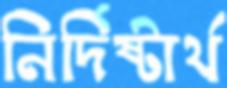
নির্দিষ্টার্থ